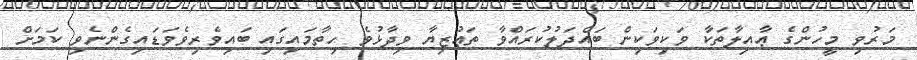
މަރުވި މީހުންގެ ޢާއިލާތަކާ ވަކިވަކިން ބައްދަލުކުރައްވާ ތަޢުޒިޔާ ވިދާޅުވެ ހިތާމައިގައި ބައިވެރިވެވަޑައިގެންނެވި ކަމަށް